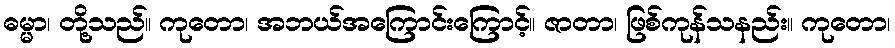
ဓမ္မာ၊ တို့သည်။ ကုတော၊ အဘယ်အကြောင်းကြောင့်။ ဇာတာ၊ ဖြစ်ကုန်သနည်း။ ကုတော၊